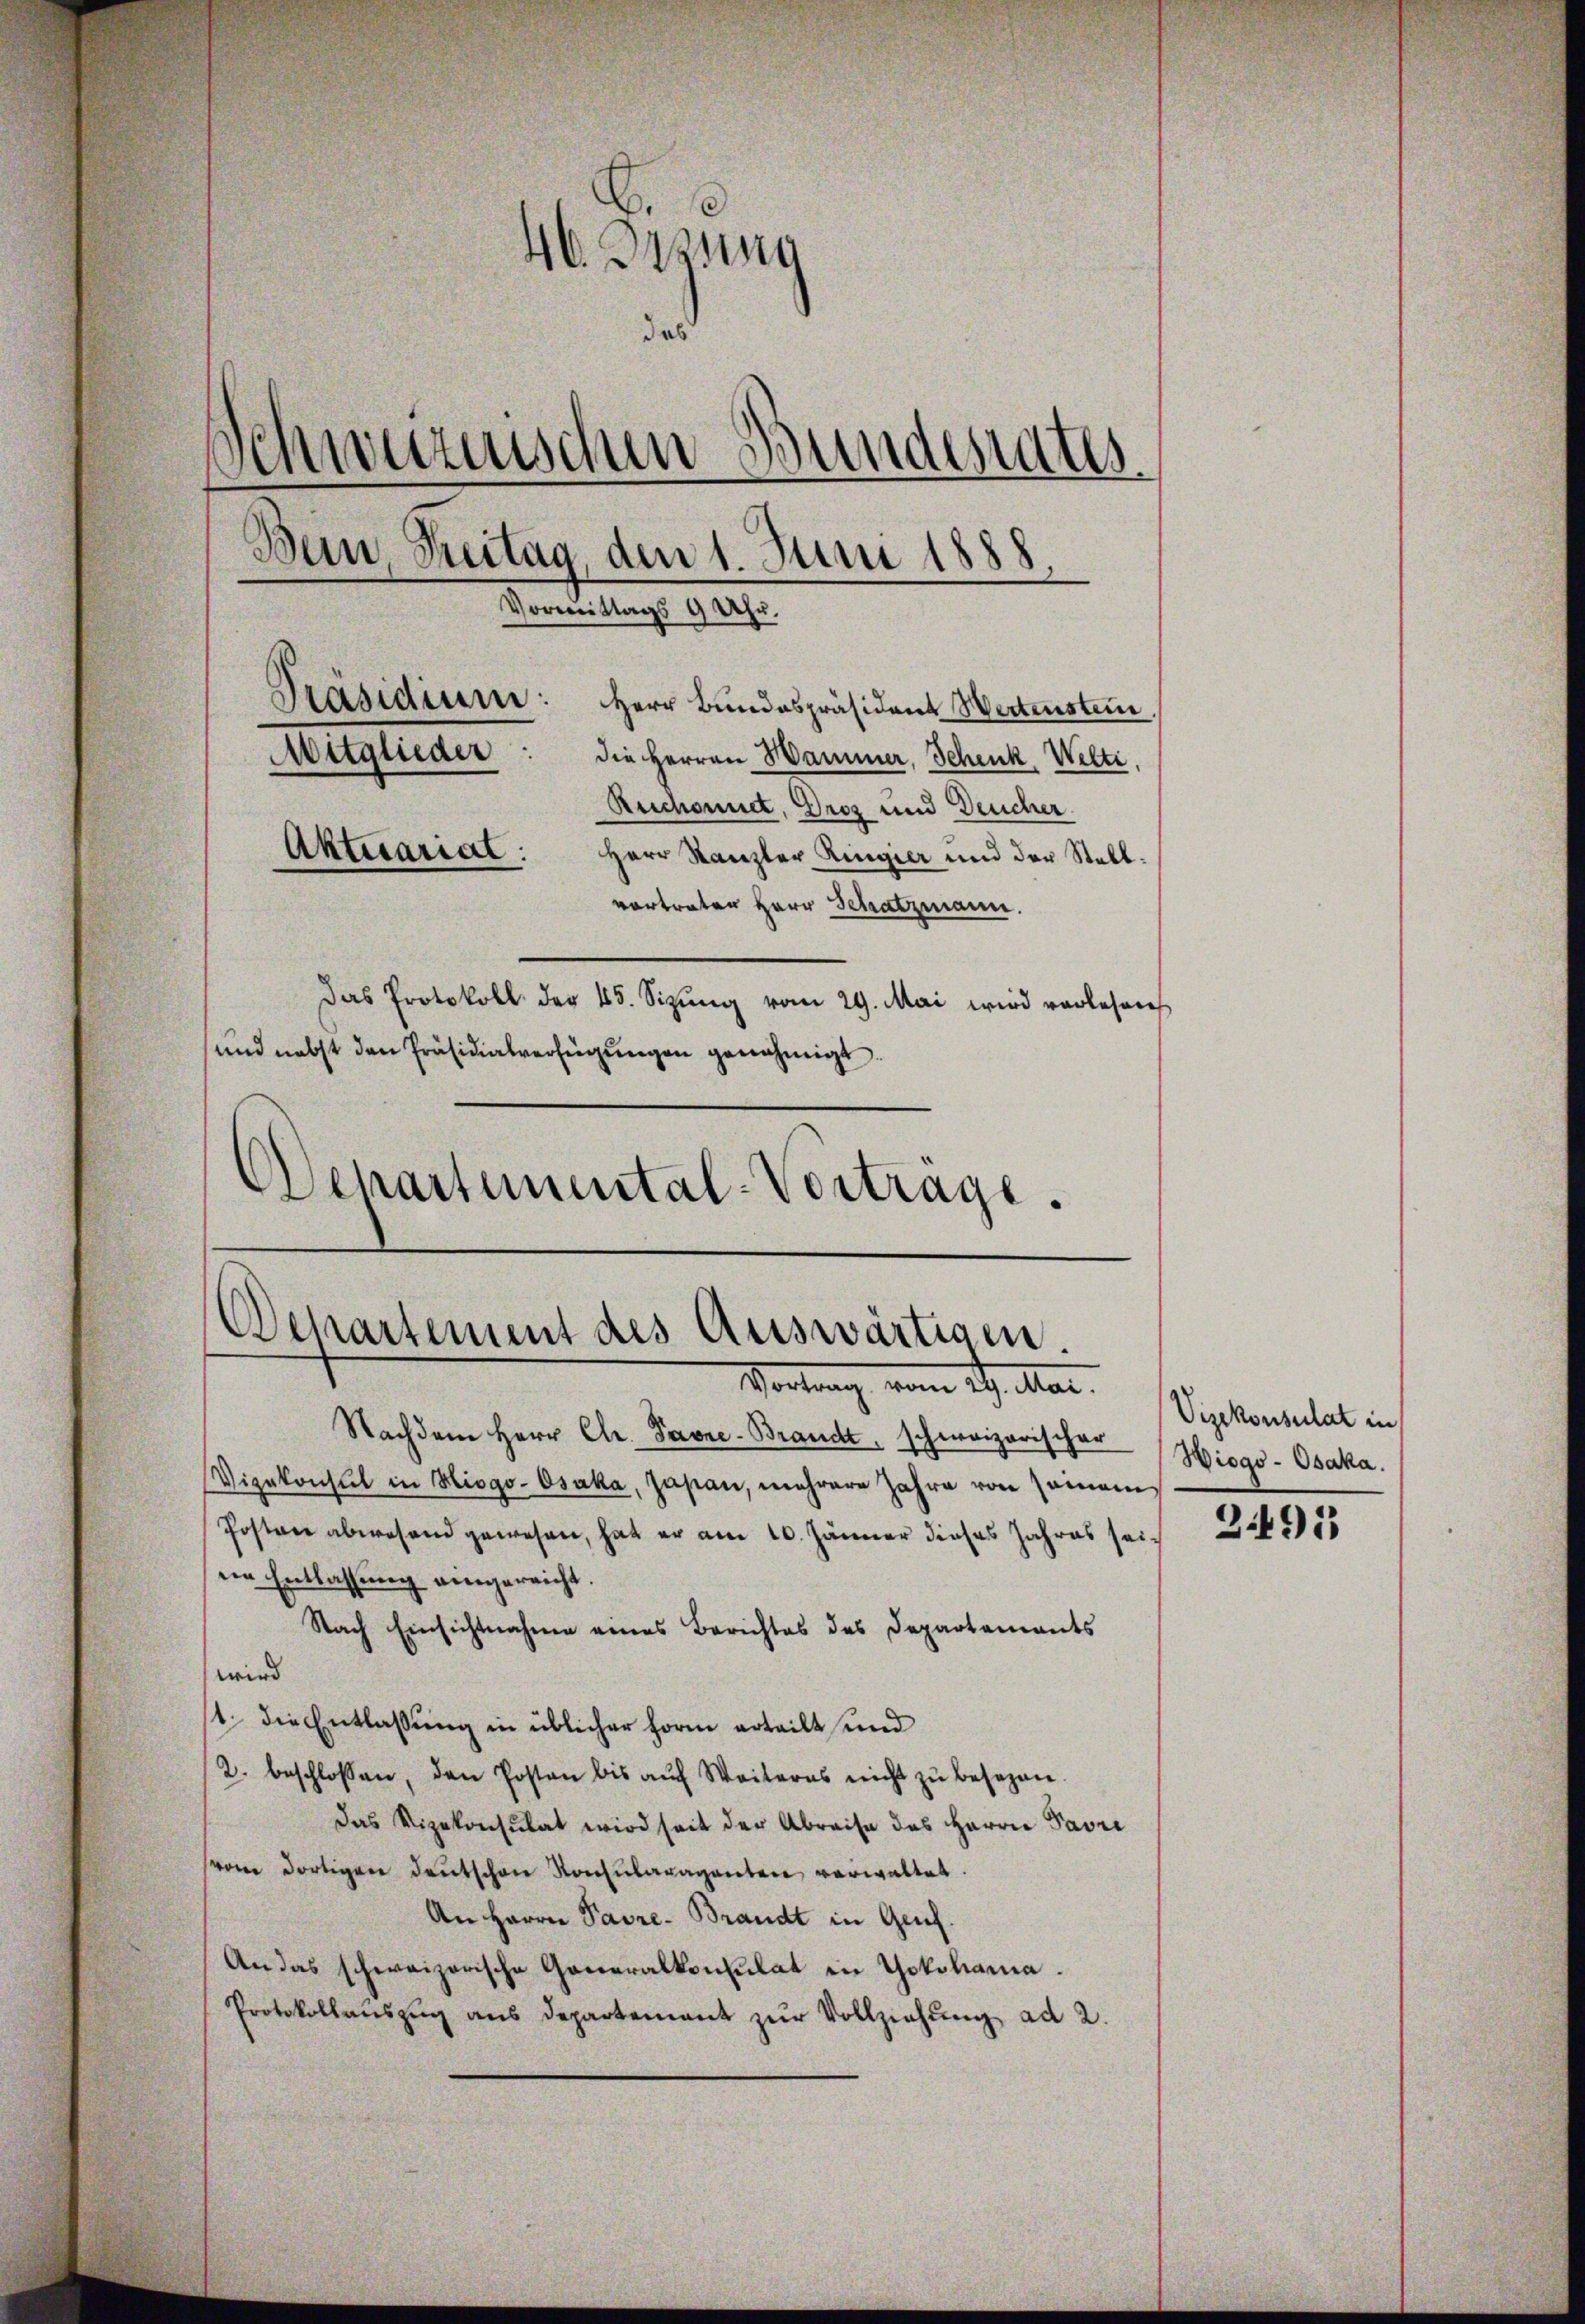
de
46. Dezung
das
Schwurnischen Bundesrates
Bein, Breitag, den 1. Juni 1888
Vorweistan
§ 9 Uhr.
Präsidium: Herr Bundespräsident Wertenstei
Mitglieder: die Herren Hammer, Schenk, Welti
S
Ruchonnet, Gros und Deucher.
Aktuariat:
Herr Kanzler Ringier und der Stallvortrater Herr Schatzmann.
Das Protokoll der 45. Sizŭng vom 29. Mai wird vorlesens
und nebst den Präsidialverfügŭngen genehmigt.
Departemental-Vortrage.

Departement des Auswärtigen.
Vortrag vom 14. Mai.

Nachdem Herr Chr. Favre-Brandt, schweizerischer
Vizekonsul in Hiogo-Osaka, Japan, mehrere Jahre von seinem
Posten abwesend gewesen, hat er am 10. Jänner dieses Jahres seieie Entlassung eingereicht.
Nach Einsichtnahme eines Berichtes des Departements
wird
1. Die Entlassung in üblicher Form erteilt und
2. beschlossen, den Posten bis auf Weiteres nicht zu besezen.
das Vizekonsulat wird seit der Abreise des Herrn Pari
(vom dortigen deutschen Konsularaganten verwaltet.
An Herrn Pavre-Brandt in Genf.
An das schweizerische Generalkonsulat in Yokohama.
Protokollanszŭg ans Departement zŭr Vollziehŭng ad 2.

Vizekonsulat in
Wiogo-Osaka.

2491